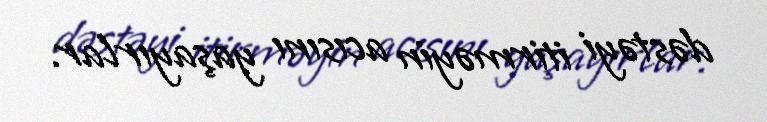
dəstəyi itirməyin acısını yaşayırlar.